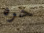
حره